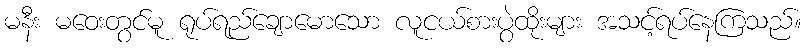
မနီး မဝေးတွင်မူ ရုပ်ရည်ချောမောသော လူငယ်စားပွဲထိုးများ အသင့်ရပ်နေကြသည်။